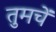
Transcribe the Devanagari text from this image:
तुमचें